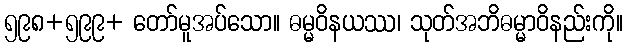
၅၉၈+၅၉၉+ တော်မူအပ်သော။ ဓမ္မဝိနယဿ၊ သုတ်အဘိဓမ္မာဝိနည်းကို။